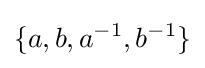
\{a,b,a^{-1},b^{-1}\}